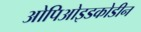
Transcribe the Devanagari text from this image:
ओपिओइडकोडीन